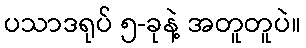
ပသာဒရုပ် ၅-ခုနဲ့ အတူတူပဲ။